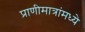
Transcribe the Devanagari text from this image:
प्राणीमात्रांमध्ये